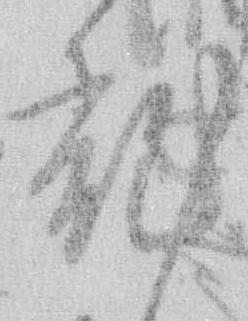
乱